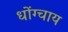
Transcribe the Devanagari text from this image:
धोंग्चाय